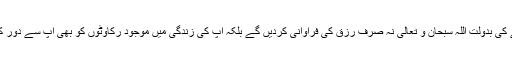
اس وظیفے کی بدولت اللہ سبحان و تعالیٰ نہ صرف رزق کی فراوانی کردیں گے بلکہ آپ کی زندگی میں موجود رکاوٹوں کو بھی آپ سے دور کردیں گے۔